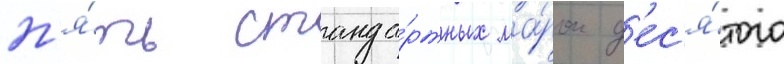
п'я́ть станда́ртных ма́рок д'ес'я́того